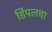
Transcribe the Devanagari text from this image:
डिंपलचा